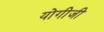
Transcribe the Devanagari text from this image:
योगीजी